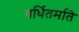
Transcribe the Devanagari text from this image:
वर्धितमति